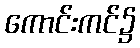
ကောင်းကင်၌